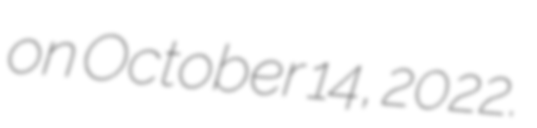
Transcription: on October 14, 2022.